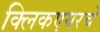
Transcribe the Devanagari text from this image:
क्लिकएयरचे